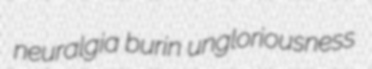
neuralgia burin ungloriousness